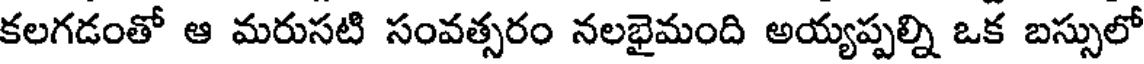
కలగడంతో ఆ మరుసటి సంవత్సరం నలభైమంది అయ్యప్పల్ని ఒక బస్సులో